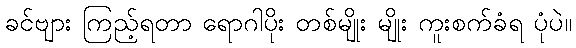
ခင်ဗျား ကြည့်ရတာ ရောဂါပိုး တစ်မျိုး မျိုး ကူးစက်ခံရ ပုံပဲ။